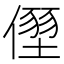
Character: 𠏂